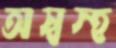
অস্বস্হ